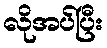
လိုအပ်ပြီး